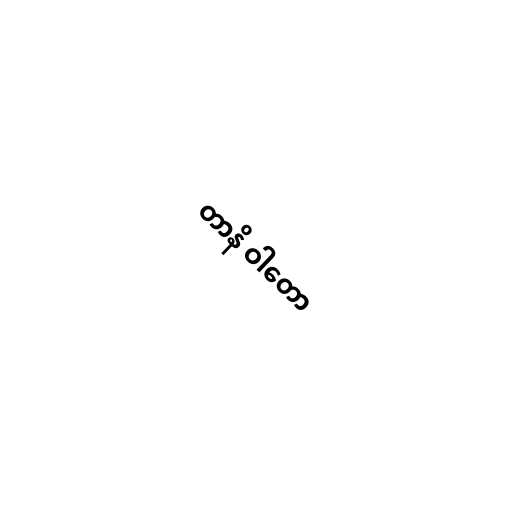
တာနိ ဝါတော